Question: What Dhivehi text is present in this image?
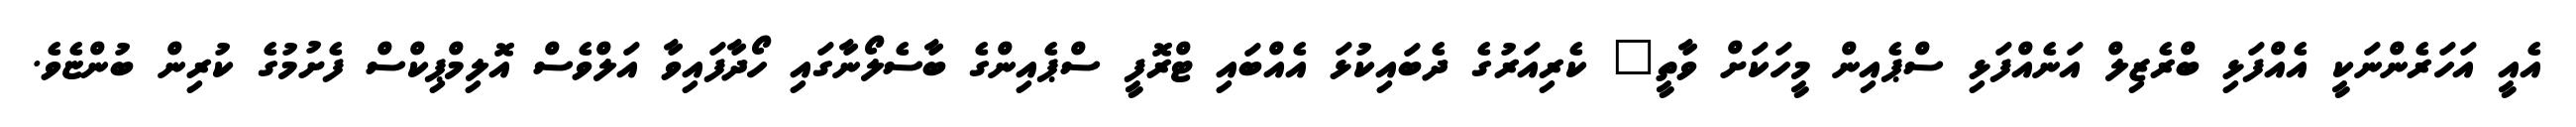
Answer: އެއީ އަހަރެންނަކީ އެއްފަޅި ބްރެޒިލް އަނެއްފަޅި ސްޕެއިން މީހަކަށް ވާތީ" ކެރިއަރުގެ ދެބައިކުޅަ އެއްބައި ޓްރޮފީ ސްޕެއިންގެ ބާސެލޯނާގައި ހޯދާފައިވާ އަލްވެސް އޮލިމްޕިކްސް ފެށުމުގެ ކުރިން ބުންޏެވެ.